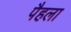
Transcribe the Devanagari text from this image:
पैहला